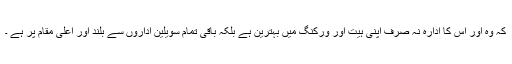
کہ وہ اور اس کا ادارہ نہ صرف اپنی ہیت اور ورکنگ میں بہترین ہے بلکہ باقی تمام سویلین اداروں سے بلند اور اعلیٰ مقام پر ہے ۔